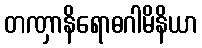
တဏှာနိရောဓဂါမိနိယာ